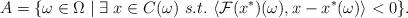
LaTeX: \begin{align*} A=\{\omega\in\Omega\mid\exists~x\in C(\omega)~s.t.~\langle\mathcal{F}(x^*)(\omega), x-x^*(\omega)\rangle<0\}.\end{align*}